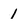
Character: 1